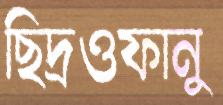
ছিদ্রওফানু